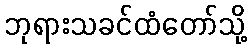
ဘုရားသခင်ထံတော်သို့